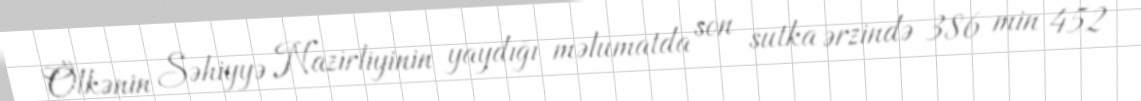
Ölkənin Səhiyyə Nazirliyinin yaydığı məlumatda son sutka ərzində 386 min 452